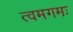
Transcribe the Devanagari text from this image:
त्वमगमः